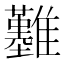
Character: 𩁢